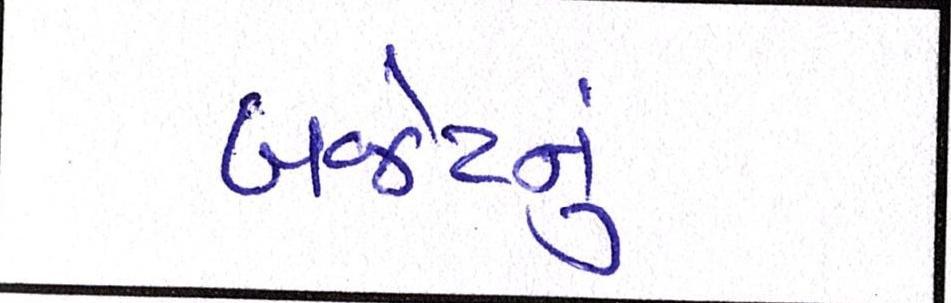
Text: બજેટનું